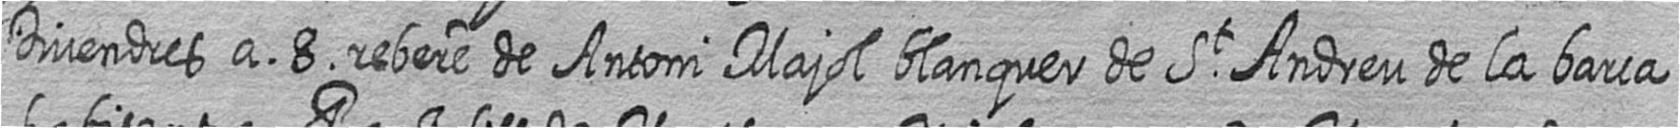
Divendres a 8 rebere de Antoni Majol blanquer de St Andreu de la barca